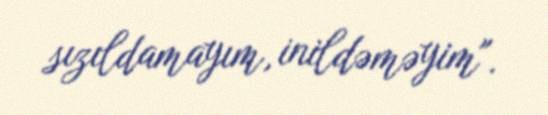
sızıldamayım, inildəməyim".